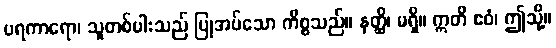
ပရကာရော၊ သူတစ်ပါးသည် ပြုအပ်သော ကိစ္စသည်။ နတ္ထိ၊ မရှိ။ ဣတိ ဧဝံ၊ ဤသို့။